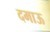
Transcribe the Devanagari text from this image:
दमाऊ